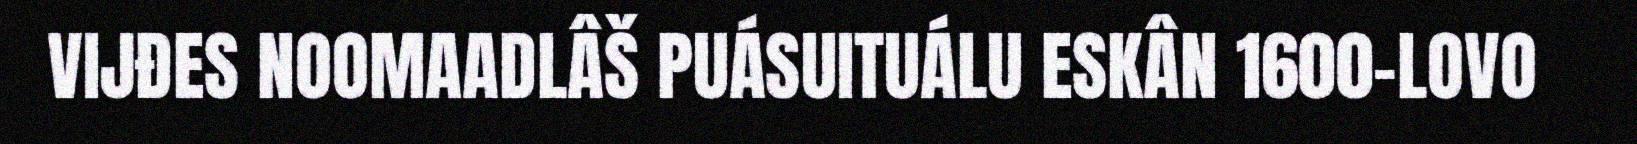
VIJĐES NOOMAADLÂŠ PUÁSUITUÁLU ESKÂN 1600-LOVO